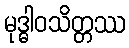
မုဒ္ဓါဝသိတ္တဿ